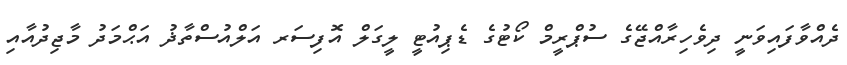
ދެއްވާފައިވަނީ ދިވެހިރާއްޖޭގެ ސުޕްރީމް ކޯޓުގެ ޑެޕިއުޓީ ލީގަލް އޮފިސަރ އަލްއުސްތާޛު އަޙްމަދު މާޖިދުއާއި